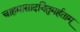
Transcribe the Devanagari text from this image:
चाहमासादयितुमर्हताम्‌